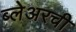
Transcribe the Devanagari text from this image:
ब्लेअरची